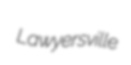
Lawyersville